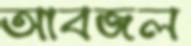
আবজল